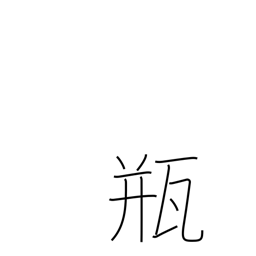
Meaning: vial